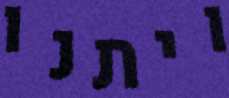
ויתנו